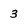
Character: 3